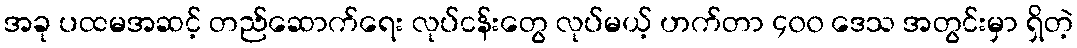
အခု ပထမအဆင့် တည်ဆောက်ရေး လုပ်ငန်းတွေ လုပ်မယ့် ဟက်တာ ၄၀၀ ဒေသ အတွင်းမှာ ရှိတဲ့